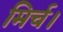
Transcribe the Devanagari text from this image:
मिर्च।